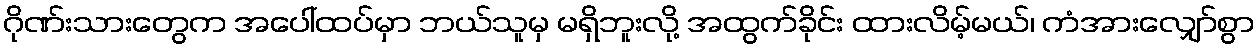
ဂိုဏ်းသားတွေက အပေါ်ထပ်မှာ ဘယ်သူမှ မရှိဘူးလို့ အထွက်ခိုင်း ထားလိမ့်မယ်၊ ကံအားလျှော်စွာ